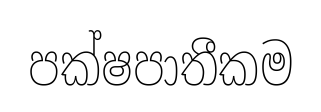
පක්ෂපාතීකම